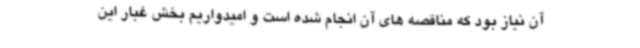
آن نیاز بود که مناقصه های آن انجام شده است و امیدواریم بخش غبار این